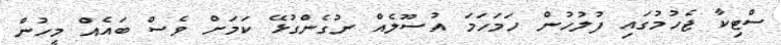
ސްޓިކާ ޖެހުމުގައި ފުލުހުން ހަމަހަމަ އުސޫލެއް ނުގެންގުޅޭ ކަމަށް ވެސް ބައެއް މީހުން